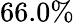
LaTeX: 66.0\%